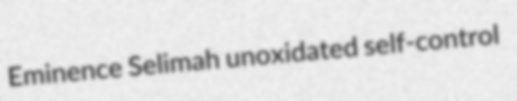
Eminence Selimah unoxidated self-control